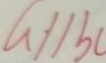
a / / b c